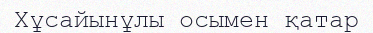
Хұсайынұлы осымен қатар